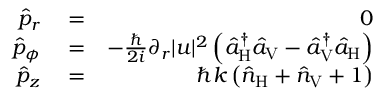
\begin{array} { r l r } { \hat { p } _ { r } } & { { } = } & { 0 } \\ { \hat { p } _ { \phi } } & { { } = } & { - \frac { \hbar } { 2 i } \partial _ { r } | u | ^ { 2 } \left( \hat { a } _ { \mathrm { H } } ^ { \dagger } \hat { a } _ { \mathrm { V } } - \hat { a } _ { \mathrm { V } } ^ { \dagger } \hat { a } _ { \mathrm { H } } \right) } \\ { \hat { p } _ { z } } & { { } = } & { \hbar k \left( \hat { n } _ { \mathrm { H } } + \hat { n } _ { \mathrm { V } } + 1 \right) } \end{array}